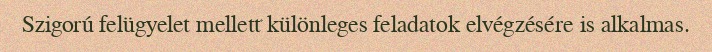
Szigorú felügyelet mellett különleges feladatok elvégzésére is alkalmas.